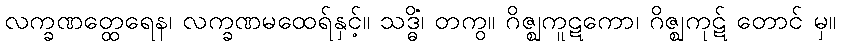
လက္ခဏတ္ထေရေန၊ လက္ခဏမထေရ်နှင့်။ သဒ္ဓိံ၊ တကွ။ ဂိဇ္ဈကူဋကော၊ ဂိဇ္ဈကုဋ် တောင် မှ။